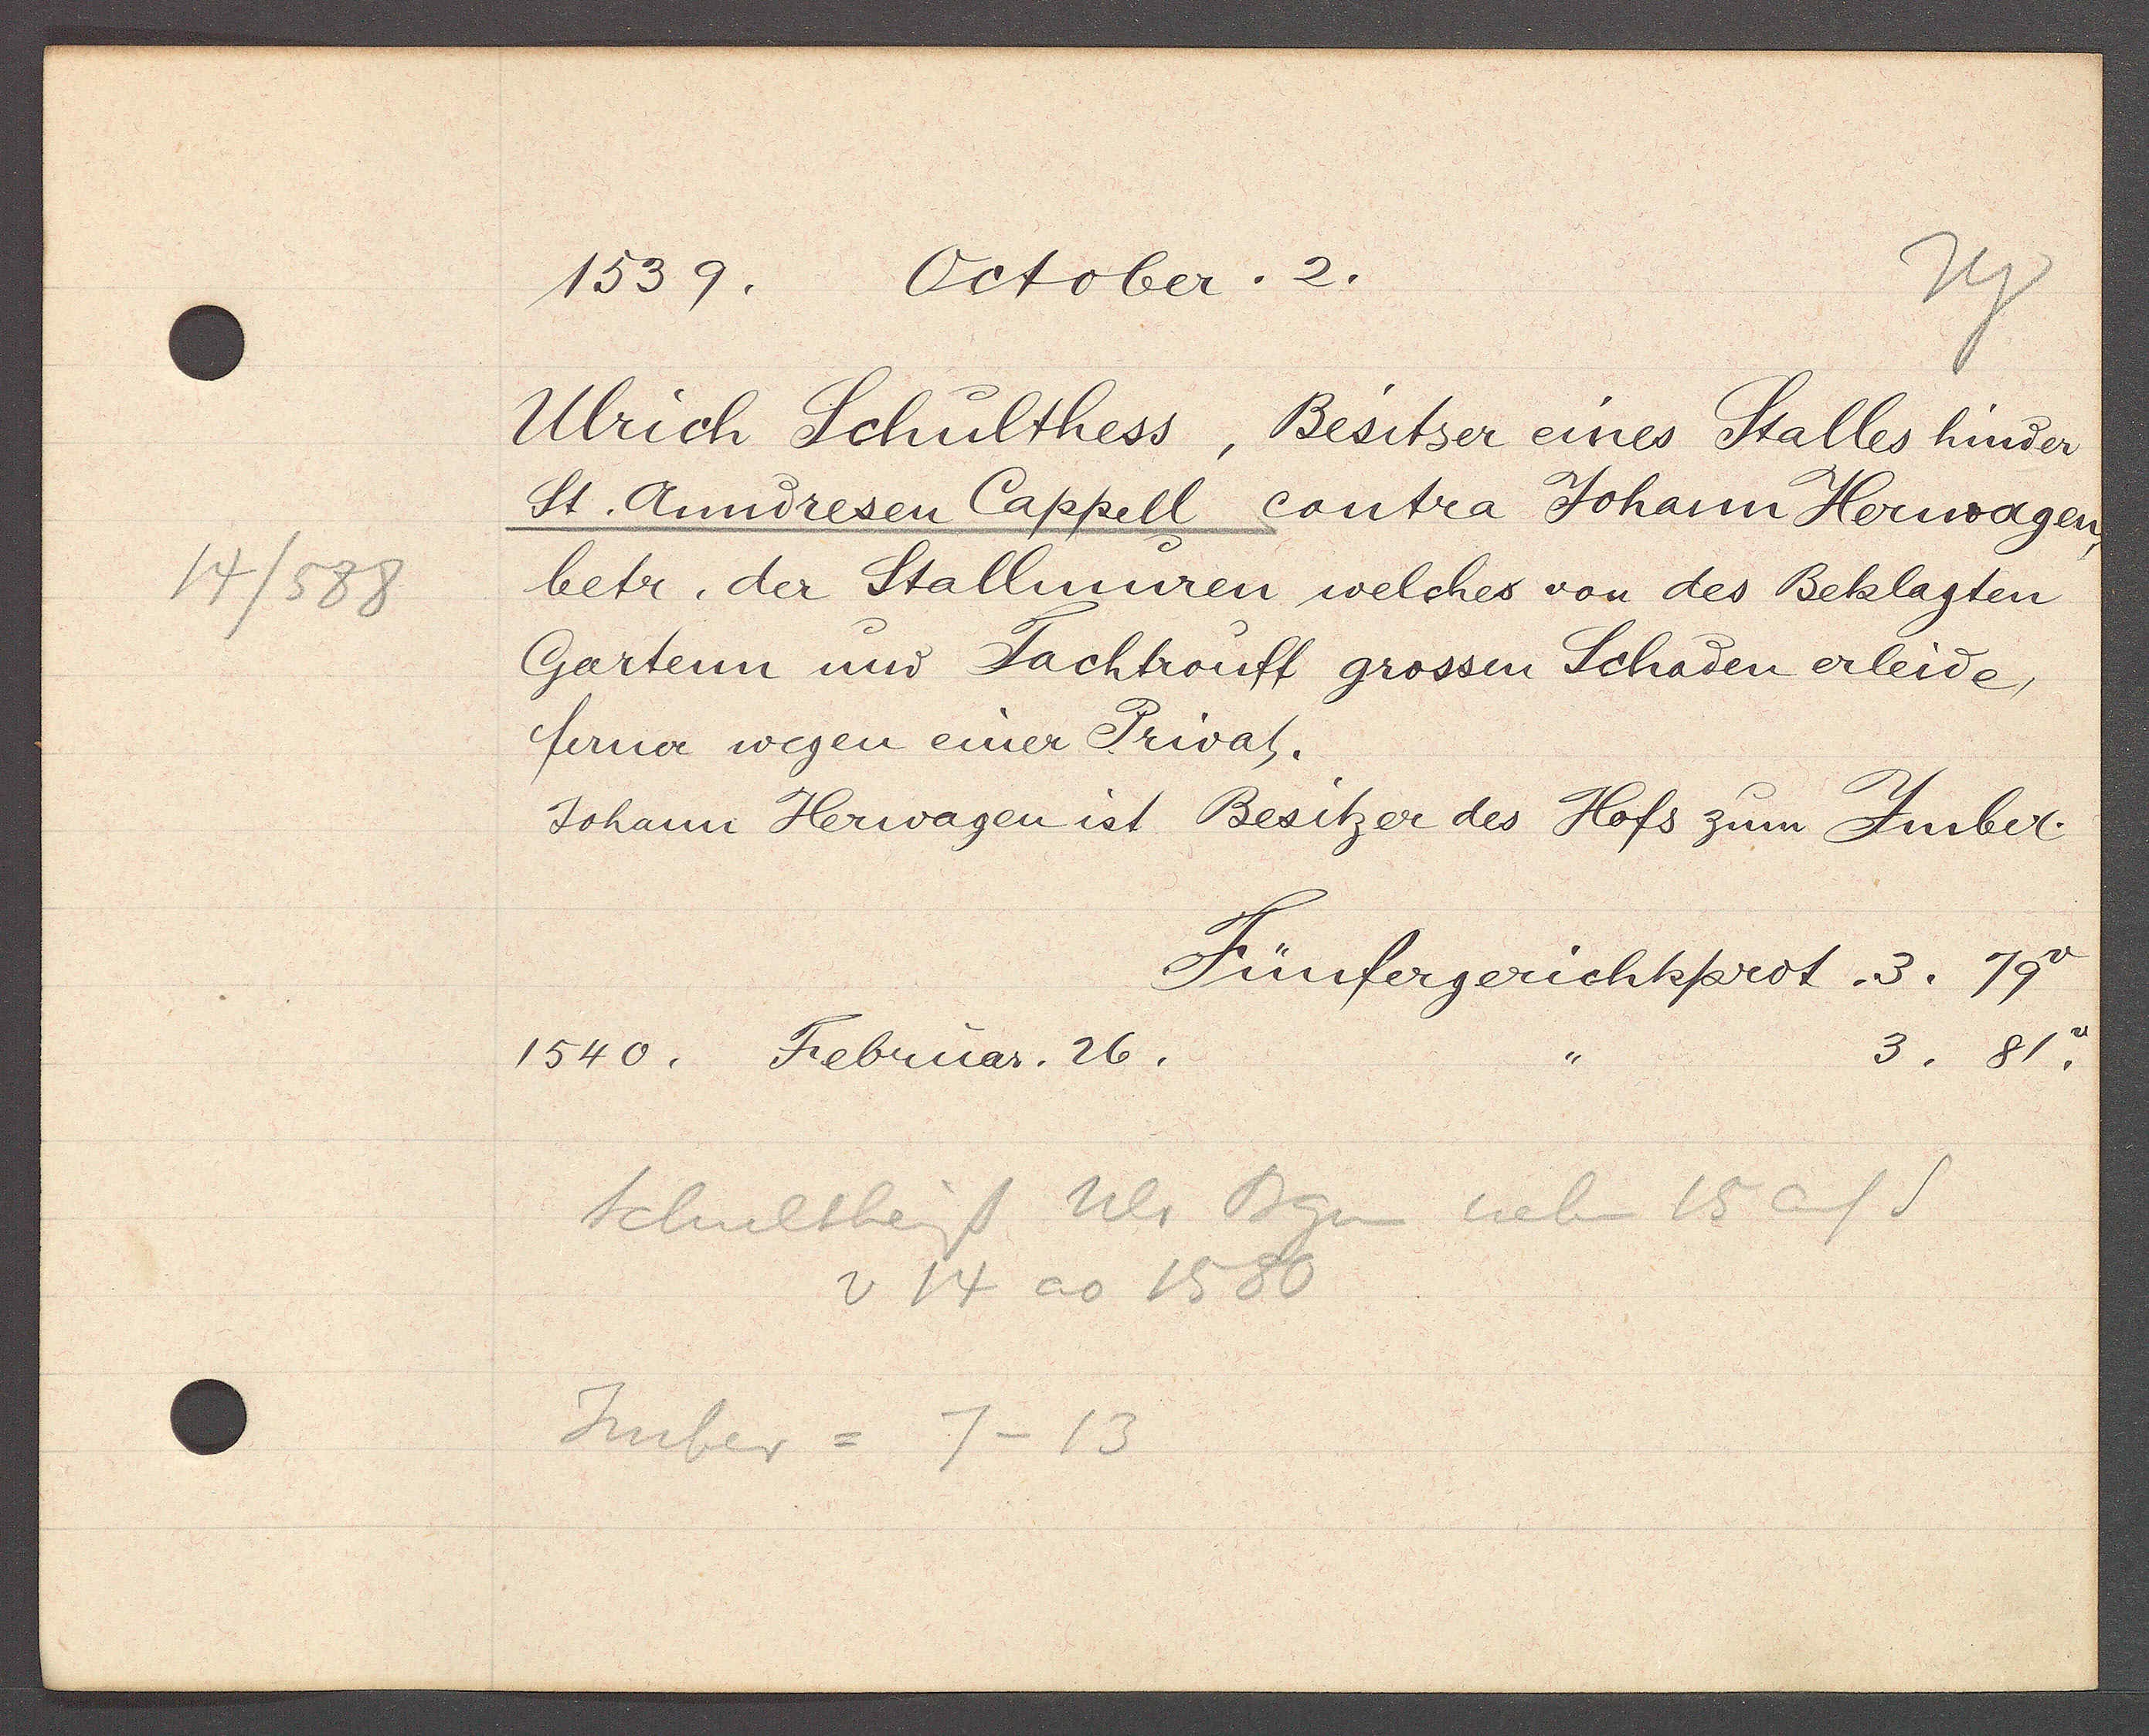
Transcript:
14/588

1539. October. 2.

Ulrich Schulthess, Besitzer eines Stalles hinder
St. Anndresen Cappell contra Johann Herwagen,
betr. der Stallmuren, welches von des Beklagten
Gartenn und Tachtrouff grossen Schaden erleide,
ferner wegen einer Privat.
Johann Herwagen ist Besitzer des Hofs zum Jmber.

Fünfergerichtsprot. 3. 79.
3. 81.
1540. Februar. 26.

Schultheiss Ulr Bgn neben 15 auf S
v 14 ao 1580
Jmber = 7-13